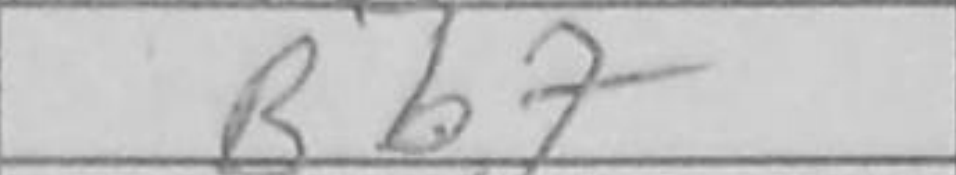
Transcription: Bb7